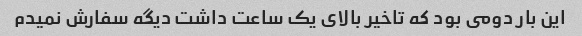
این بار دومى بود که تاخیر بالاى یک ساعت داشت دیگه سفارش نمیدم